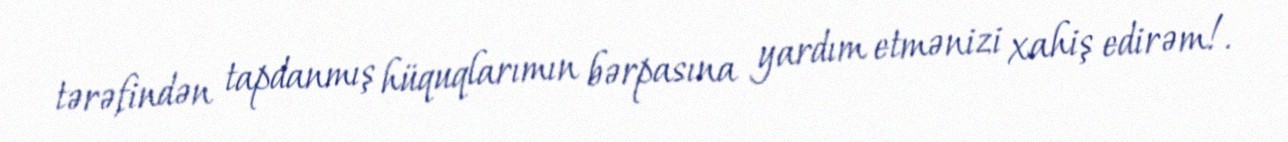
tərəfindən tapdanmış hüquqlarımın bərpasına yardım etmənizi xahiş edirəm!.